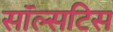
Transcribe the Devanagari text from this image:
सॉल्सटिस